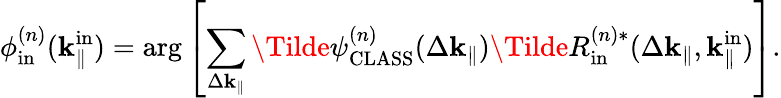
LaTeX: \phi_{\mathrm{in}}^{(n)}(\mathbf{k}_{\parallel}^{\mathrm{in}})=\arg\left[\sum_{\Delta\mathbf{k}_{\parallel}}\Tilde{\psi}_{\mathrm{CLASS}}^{(n)}(\Delta\mathbf{k}_{\parallel})\Tilde{R}_{\mathrm{in}}^{(n)\ast}(\Delta\mathbf{k}_{\parallel},\mathbf{k}_{\parallel}^{\mathrm{in}})\right].